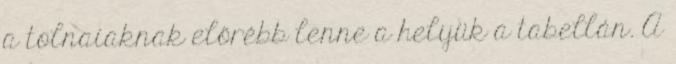
a tolnaiaknak előrébb lenne a helyük a tabellán. A